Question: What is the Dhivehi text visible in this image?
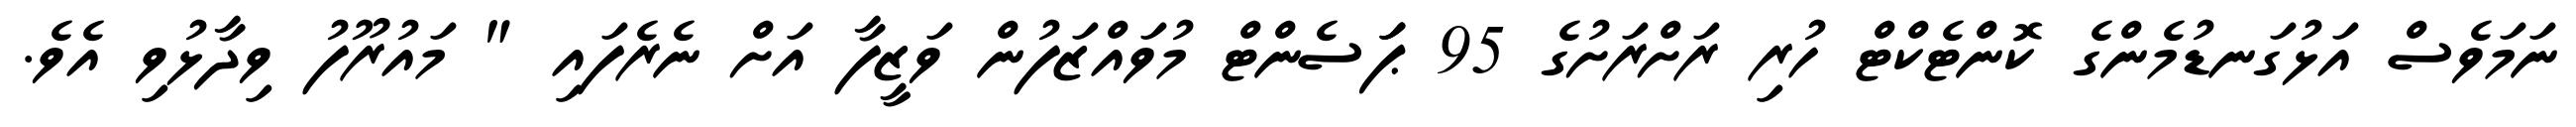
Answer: ނަމަވެސް އަޅުގަނޑުމެންގެ ކޮންޓެކްޓް ހުރި ރަށްރަށުގެ 95 ޕަަސެންޓް މުވައްޒަފުން ވަޒީފާ އަށް ނެރެފައި " މައުރޫފު ވިދާޅުވި އެވެ.